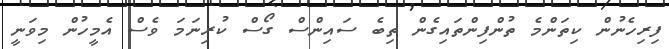
ފިރިހެނުން ކިތަންމެ ތުންފިންތައިގެން ތިބެ ސައިންސް ގޯސް ކުރިނަމަ ވެސް އެމީހުން މިވަނީ